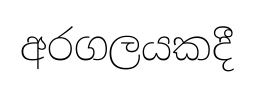
අරගලයකදී